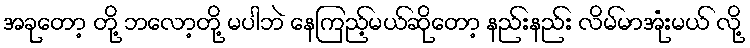
အခုတော့ တို့ ဘလော့တို့ မပါဘဲ နေကြည့်မယ်ဆိုတော့ နည်းနည်း လိမ်မာအုံးမယ် လို့